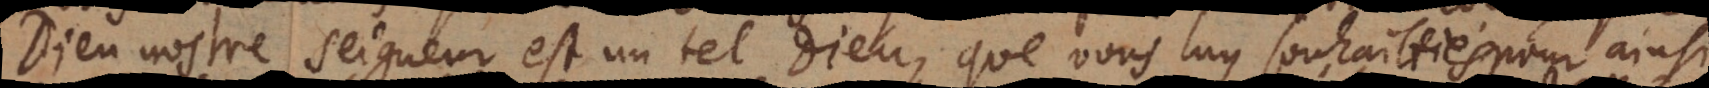
Dieu nostre Seigneur est un tel Dieu, que vous luy souhaittiés, pour ainsi